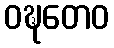
ဝဍ္ဎတေဝ